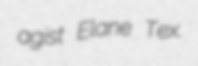
agist Elane Tex.